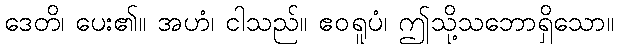
ဒေတိ၊ ပေး၏။ အဟံ၊ ငါသည်။ ဧဝရူပံ၊ ဤသို့သဘောရှိသော။